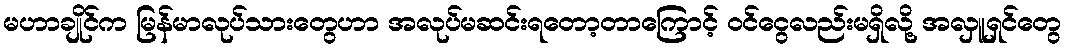
မဟာချိုင်က မြန်မာလုပ်သားတွေဟာ အလုပ်မဆင်းရတော့တာကြောင့် ဝင်ငွေလည်းမရှိလို့ အလှူရှင်တွေ